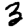
Digit: 3